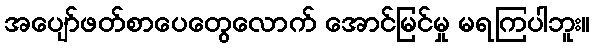
အပျော်ဖတ်စာပေတွေလောက် အောင်မြင်မှု မရကြပါဘူး။